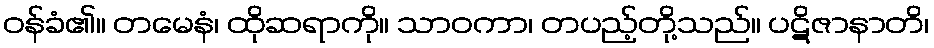
ဝန်ခံ၏။ တမေနံ၊ ထိုဆရာကို။ သာဝကာ၊ တပည့်တို့သည်။ ပဋိဇာနာတိ၊